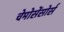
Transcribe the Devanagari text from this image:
चेमोसेंसोर्स